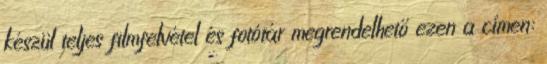
készül teljes filmfelvétel és fotótár megrendelhető ezen a címen: